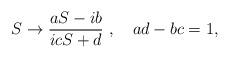
LaTeX: \begin{align*}S \rightarrow \frac{aS-ib}{icS+d}\ ,\quad ad -bc = 1,\end{align*}